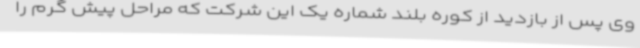
وی پس از بازدید از کوره بلند شماره یک این شرکت که مراحل پیش گرم را